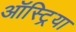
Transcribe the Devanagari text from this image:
ऑस्‍ट्रिया